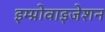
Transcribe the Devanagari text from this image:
इम्प्रोवाइजेशन